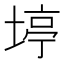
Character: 𪣹